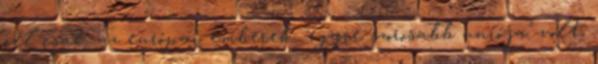
cél csak az európai emberek "egyre szorosabb uniója" volt,